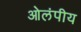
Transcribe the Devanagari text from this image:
ओलंपीय